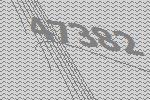
47382